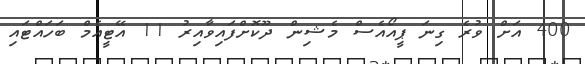
400 އަށް ވުރެ ގިނަ ޕީއޯއެސް މެޝިން ދޫކޮށްފައިވާއިރު 11 އޭޓީއެމް ބަހައްޓައި